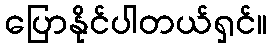
ပြောနိုင်ပါတယ်ရှင်။